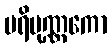
ပရိပုဏ္ဏကော